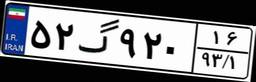
۶۳گ۸۳۶۹۰